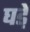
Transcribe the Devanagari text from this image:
घडे़